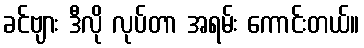
ခင်ဗျား ဒီလို လုပ်တာ အရမ်း ကောင်းတယ်။